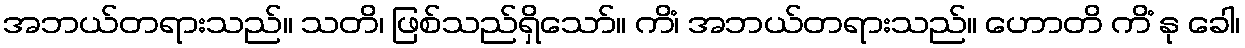
အဘယ်တရားသည်။ သတိ၊ ဖြစ်သည်ရှိသော်။ ကိံ၊ အဘယ်တရားသည်။ ဟောတိ ကိံ နု ခေါ၊